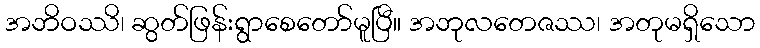
အဘိဝဿိ၊ ဆွတ်ဖြန်းရွာစေတော်မူပြီ။ အဘုလတေဇဿ၊ အတုမရှိသော